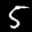
Label: 5